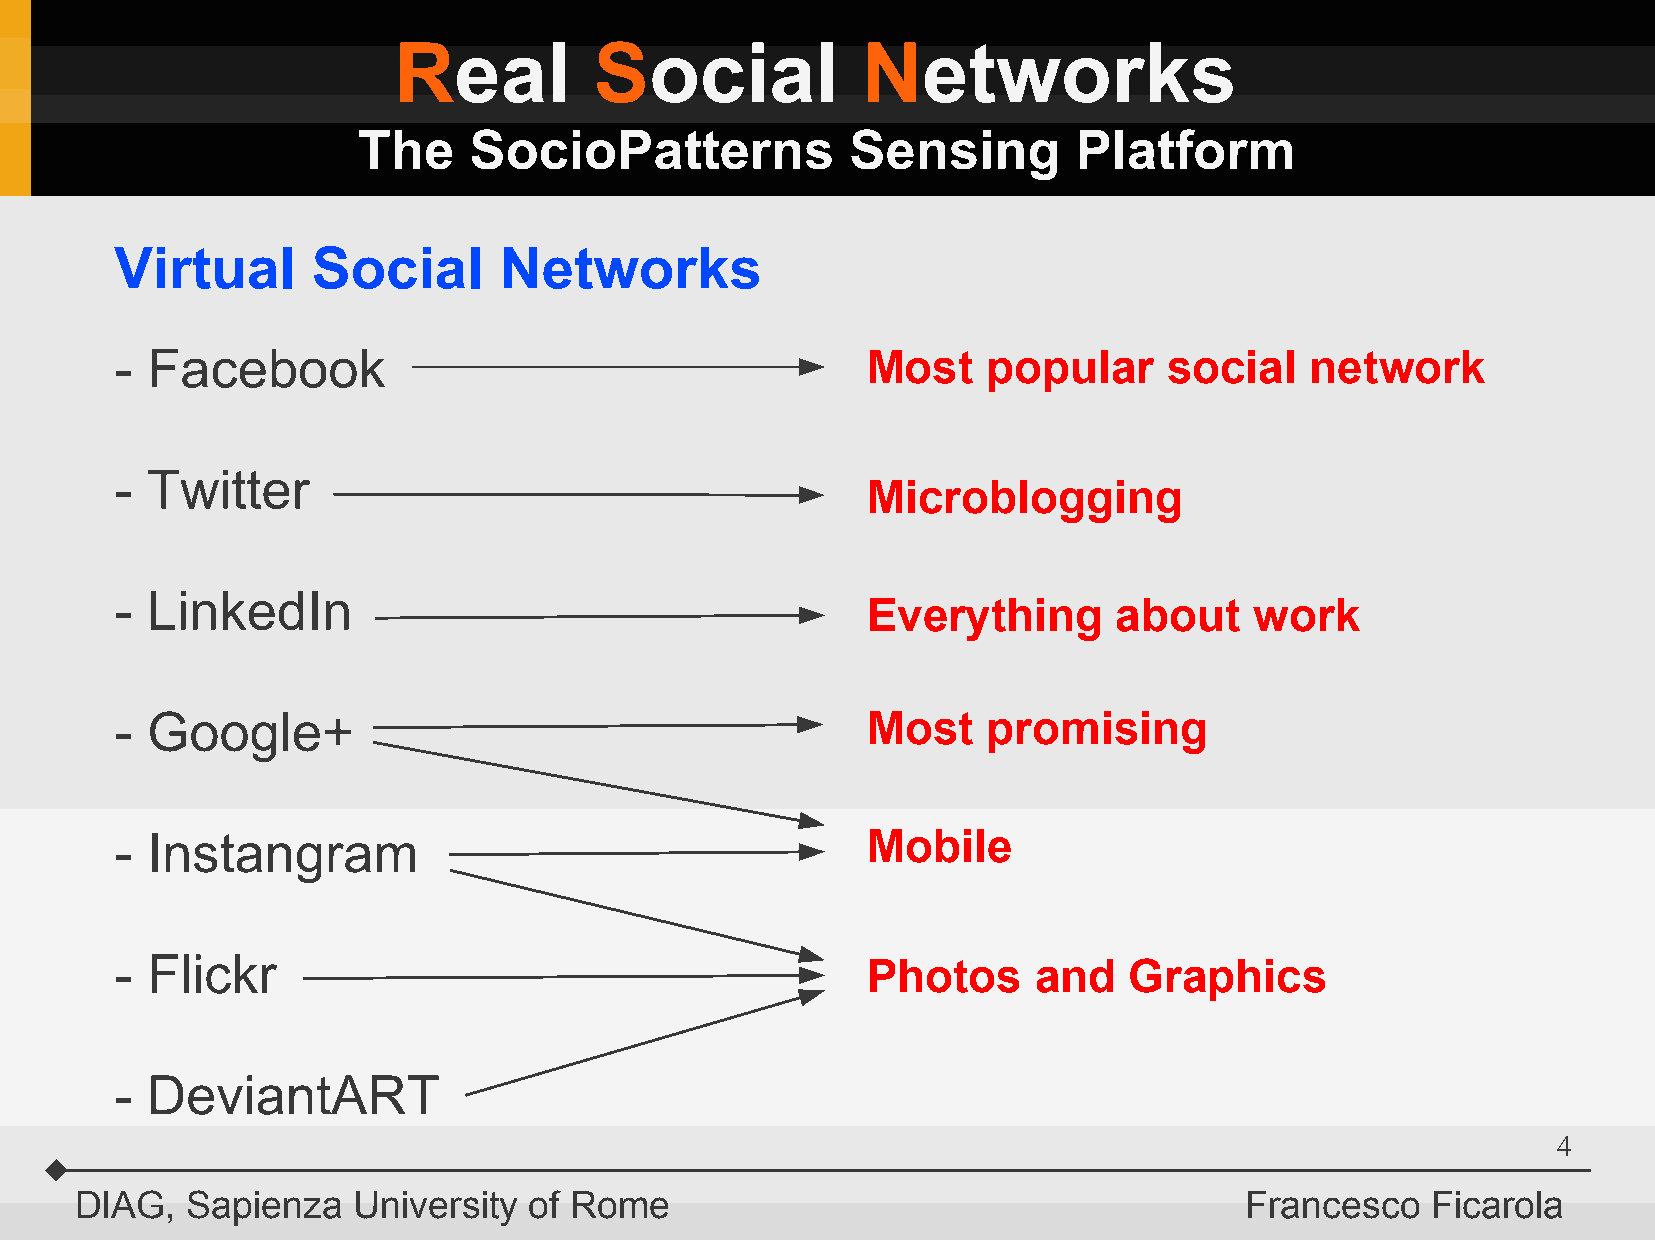
Real         Social            Networks
 The    SocioPatterns            Sensing        Platform
 Virtual      Social      Networks
 - Facebook                                       Most    popular     social    network
 - Twitter
 Microblogging
 - LinkedIn
 Everything       about    work
 - Google+                                        Most    promising
 - Instangram                                     Mobile
 - Flickr                                         Photos     and    Graphics
 - DeviantART
 4
 DIAG,  Sapienza   University  of Rome                                        Francesco    Ficarola